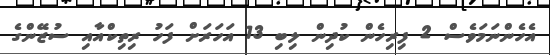
އެހެެންނަމަވެސް 2 ފިރިހެން ކުދިން ލިބި 13 އަހަރަށް ފަހު ރިތިކްއާއި ސުޒޭންގެ